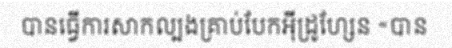
បានធ្វើការសាកល្បងគ្រាប់បែកអ៊ីដ្រូហ្សែន «បាន